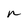
Character: n